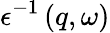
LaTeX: \epsilon^{-1}\left(q,\omega\right)